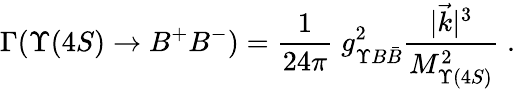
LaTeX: \Gamma(\Upsilon(4S)\to B^{+}B^{-})=\frac{1}{24\pi}\; g_{\Upsilon B\bar{B}}^{2}\frac{|\vec{k}|^{3}}{M_{\Upsilon(4S)}^{2}}\; .